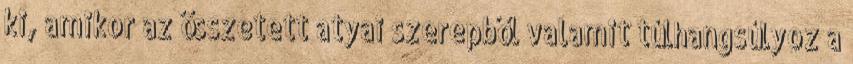
ki, amikor az összetett atyai szerepből valamit túlhangsúlyoz a